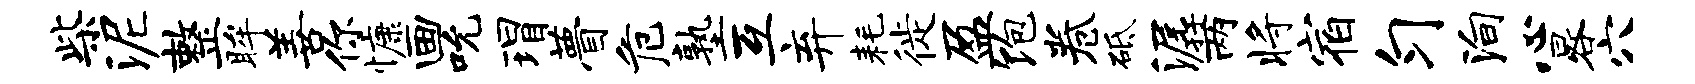
柴泥整眸善你慷画吮瑁瞢危塾互弃耗徙盈饱卷砥潺两将宿匀殉心晷穴